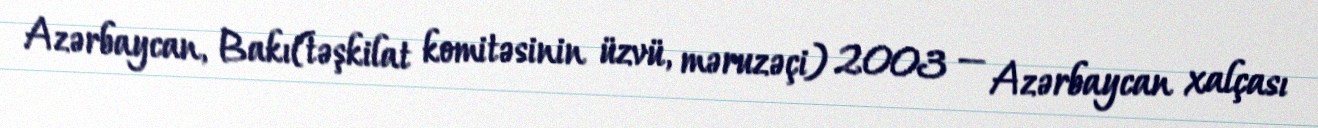
Azərbaycan, Bakı(təşkilat komitəsinin üzvü, məruzəçi) 2003 — Azərbaycan xalçası